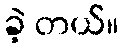
ခဲ့ တယ်။